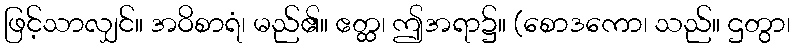
ဖြင့်သာလျှင်။ အဝိစာရံ၊ မည်၏။ ဧတ္ထ၊ ဤအရာ၌။ (စောဒကော၊ သည်။ ဌတွာ၊